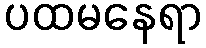
ပထမနေရာ